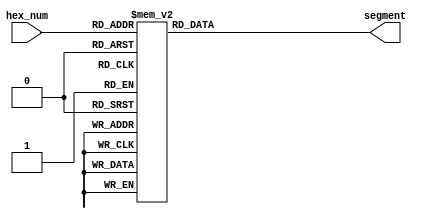
// This program was cloned from: https://github.com/the-pinbo/MIPS-5-Stage-Pipeline-Project
// License: MIT License

module M_7SEG_DECODER(
    input[3:0] hex_num,
    output reg[6:0] segment
);
    always @(*) begin
        casex (hex_num)
            4'b0000: segment = 7'b100_0000;  //0 1 2 3 4 5 6
            4'b0001: segment = 7'b1111_001;  //one
            4'b0010: segment = 7'b010_0100;  //two
            4'b0011: segment = 7'b011_0000;  //three
            4'b0100: segment = 7'b001_1001;  //four
            4'b0101: segment = 7'b001_0010;  //five
            4'b0110: segment = 7'b000_0010;  //six
            4'b0111: segment = 7'b111_1000;  //seven
            4'b1000: segment = 7'b000_0000;  //eight
            4'b1001: segment = 7'b001_0000;  //nine
            4'b1010: segment = 7'b100_1000;  //A
            4'b1011: segment = 7'b000_0011;  //B
            4'b1100: segment = 7'b100_0110;  //C
            4'b1101: segment = 7'b010_0001;  //D
            4'b1110: segment = 7'b000_0110;  //E
            4'b1111: segment = 7'b000_1110;  //F
            default: segment = 7'b111_1111;  //Default
        endcase
    end
endmodule